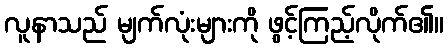
လူနာသည် မျက်လုံးများကို ဖွင့်ကြည့်လိုက်၏။